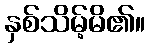
နှစ်သိမ့်မိ၏။